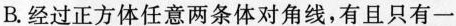
B.经过正方体任意两条体对角线，有且只有一